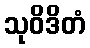
သုဝိဒိတံ